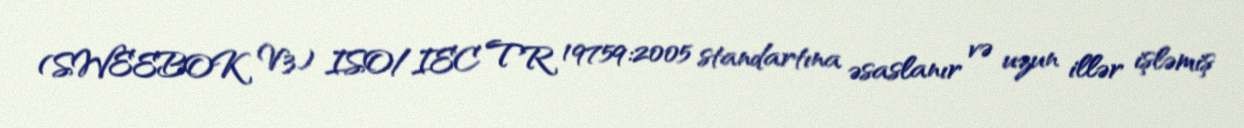
(SWEEBOK V3) ISO/IEC TR 19759:2005 standartına əsaslanır və uzun illər işləmiş